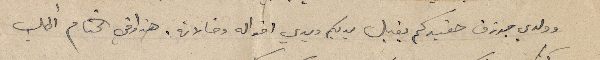
وولدي جوزف حفيدكم يقبل يديكم ويدي اخواله وخالاته. هذا وفي الختام أطلب